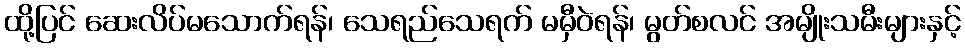
ထို့ပြင် ဆေးလိပ်မသောက်ရန်၊ သေရည်သေရက် မမှီဝဲရန်၊ မွတ်စလင် အမျိုးသမီးများနှင့်